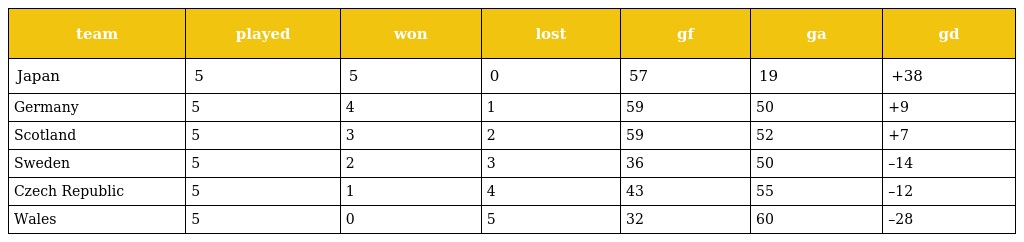
| team | played | won | lost | gf | ga | gd |
 | --- | --- | --- | --- | --- | --- | --- |
 | Japan | 5 | 5 | 0 | 57 | 19 | +38 |
 | Germany | 5 | 4 | 1 | 59 | 50 | +9 |
 | Scotland | 5 | 3 | 2 | 59 | 52 | +7 |
 | Sweden | 5 | 2 | 3 | 36 | 50 | –14 |
 | Czech Republic | 5 | 1 | 4 | 43 | 55 | –12 |
 | Wales | 5 | 0 | 5 | 32 | 60 | –28 |